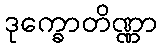
ဒုက္ခောတိဏ္ဏာ